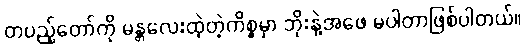
တပည့်တော်ကို မန္တလေးထဲ့တဲ့ကိစ္စမှာ ဘိုးနဲ့အဖေ မပါတာဖြစ်ပါတယ်။